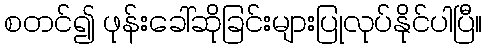
စတင်၍ ဖုန်းခေါ်ဆိုခြင်းများပြုလုပ်နိုင်ပါပြီ။